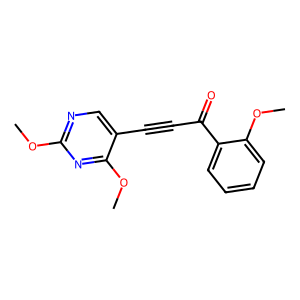
SMILES: COc1ncc(C#CC(=O)c2ccccc2OC)c(OC)n1
Inhibits HIV replication: No